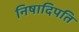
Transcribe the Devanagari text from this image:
निषादिपति